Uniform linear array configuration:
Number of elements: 24
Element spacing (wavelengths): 0.75
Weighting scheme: blackman
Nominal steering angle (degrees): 45
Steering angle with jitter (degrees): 43.685
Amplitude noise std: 0.05
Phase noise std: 0.05

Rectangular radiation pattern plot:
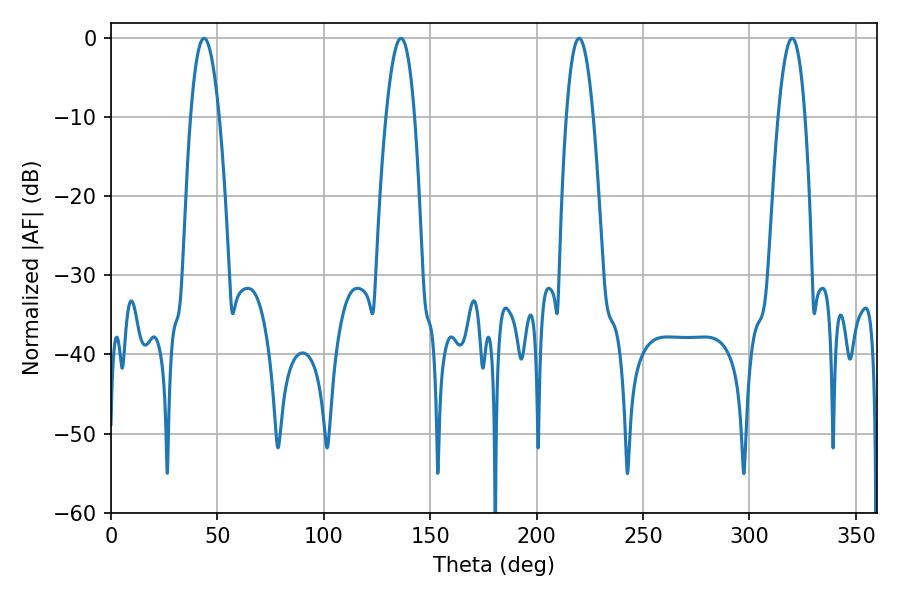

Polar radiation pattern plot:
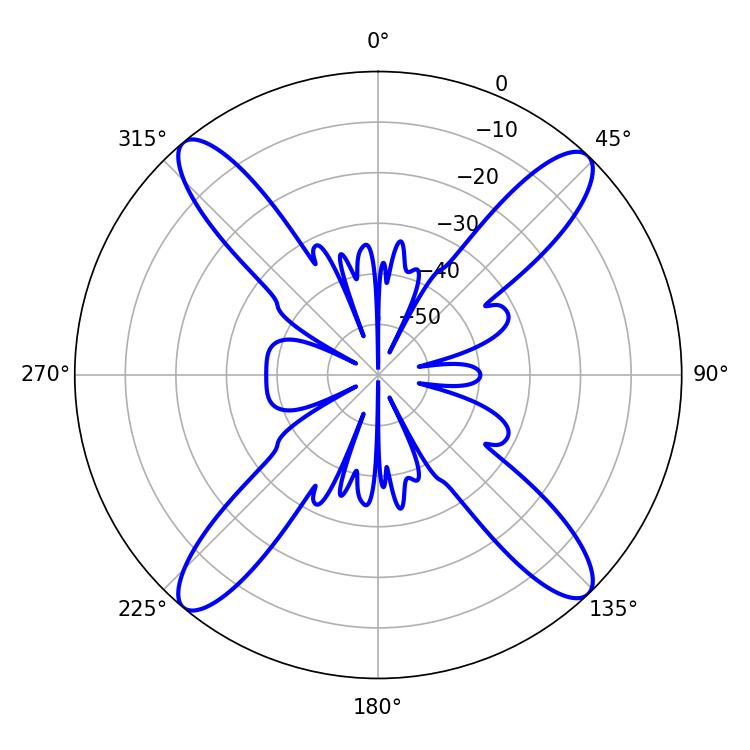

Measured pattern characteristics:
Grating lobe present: TRUE
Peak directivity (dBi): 19.151
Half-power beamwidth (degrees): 7.38
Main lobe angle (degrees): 43.74